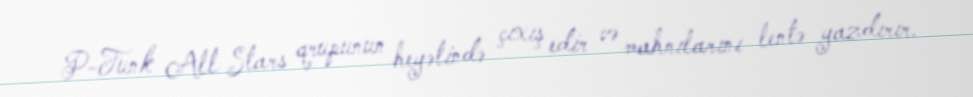
P-Funk All Stars qrupunun heyətində çıxış edir və mahnılarını lentə yazdırır.